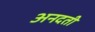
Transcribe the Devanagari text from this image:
अनदती